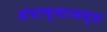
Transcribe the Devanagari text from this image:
संघाच्याअमृत